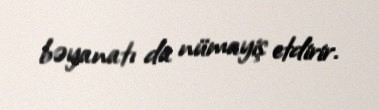
bəyanatı da nümayiş etdirir.